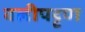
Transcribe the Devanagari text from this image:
वलीपट्टण